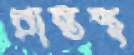
প্রান্তস্থ